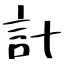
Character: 計